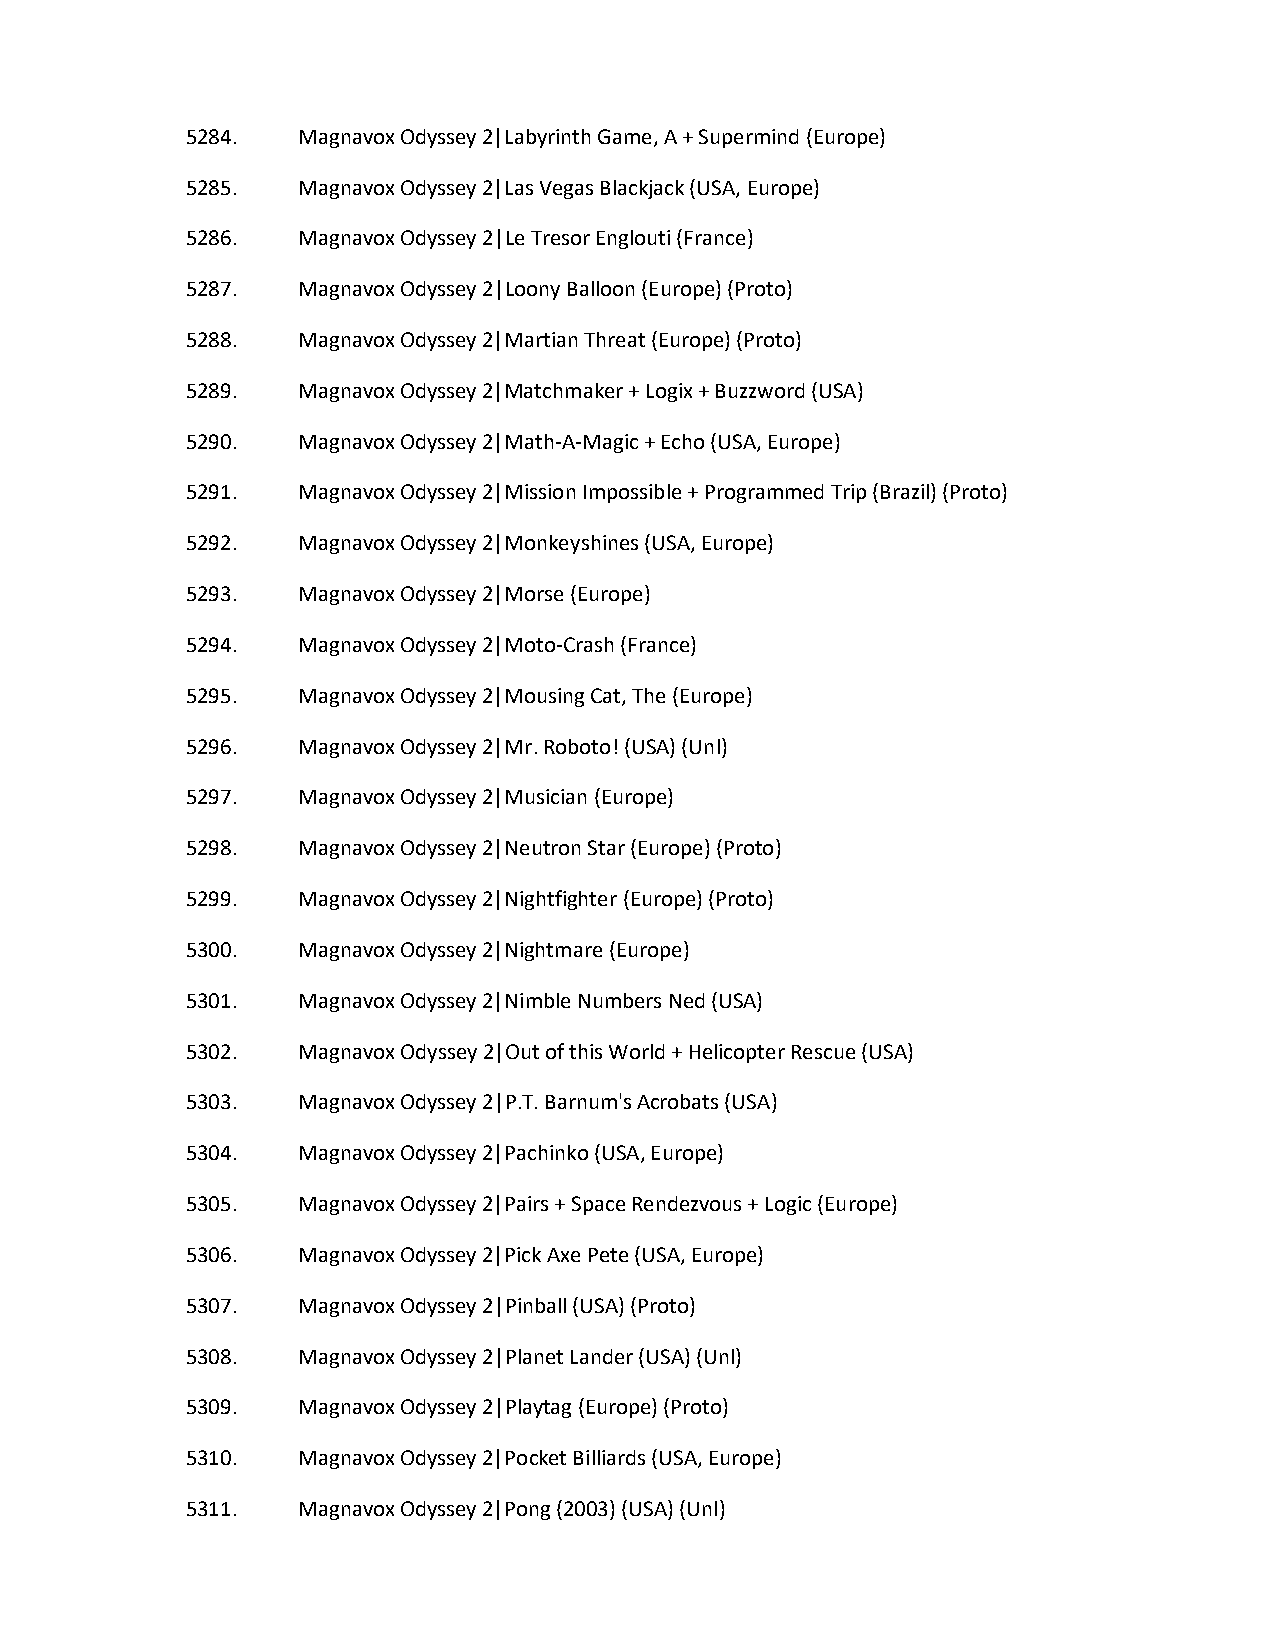
5284.   Magnavox Odyssey 2|Labyrinth Game, A + Supermind (Europe)
 5285.   Magnavox Odyssey 2|Las Vegas Blackjack (USA, Europe)
 5286.   Magnavox Odyssey 2|Le Tresor Englouti (France)
 5287.   Magnavox Odyssey 2|Loony Balloon (Europe) (Proto)
 5288.   Magnavox Odyssey 2|Martian Threat (Europe) (Proto)
 5289.   Magnavox Odyssey 2|Matchmaker + Logix + Buzzword (USA)
 5290.   Magnavox Odyssey 2|Math-A-Magic + Echo (USA, Europe)
 5291.   Magnavox Odyssey 2|Mission Impossible + Programmed Trip (Brazil) (Proto)
 5292.   Magnavox Odyssey 2|Monkeyshines (USA, Europe)
 5293.   Magnavox Odyssey 2|Morse (Europe)
 5294.   Magnavox Odyssey 2|Moto-Crash (France)
 5295.   Magnavox Odyssey 2|Mousing Cat, The (Europe)
 5296.   Magnavox Odyssey 2|Mr. Roboto! (USA) (Unl)
 5297.   Magnavox Odyssey 2|Musician (Europe)
 5298.   Magnavox Odyssey 2|Neutron Star (Europe) (Proto)
 5299.   Magnavox Odyssey 2|Nightfighter (Europe) (Proto)
 5300.   Magnavox Odyssey 2|Nightmare (Europe)
 5301.   Magnavox Odyssey 2|Nimble Numbers Ned (USA)
 5302.   Magnavox Odyssey 2|Out of this World + Helicopter Rescue (USA)
 5303.   Magnavox Odyssey 2|P.T. Barnum's Acrobats (USA)
 5304.   Magnavox Odyssey 2|Pachinko (USA, Europe)
 5305.   Magnavox Odyssey 2|Pairs + Space Rendezvous + Logic (Europe)
 5306.   Magnavox Odyssey 2|Pick Axe Pete (USA, Europe)
 5307.   Magnavox Odyssey 2|Pinball (USA) (Proto)
 5308.   Magnavox Odyssey 2|Planet Lander (USA) (Unl)
 5309.   Magnavox Odyssey 2|Playtag (Europe) (Proto)
 5310.   Magnavox Odyssey 2|Pocket Billiards (USA, Europe)
 5311.   Magnavox Odyssey 2|Pong (2003) (USA) (Unl)